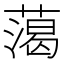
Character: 䔽